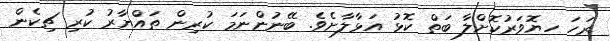
ރަހަ ހޔޮވަރުކޮށްލާ ބަތް ކޮޅު އަޅާލާށެވެ. ބޭނުންނަމަ ކުރިން ތައްޔާރު ކުރި ޗިކެން